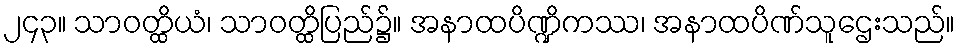
၂၄၃။ သာဝတ္ထိယံ၊ သာဝတ္ထိပြည်၌။ အနာထပိဏ္ဍိကဿ၊ အနာထပိဏ်သူဌေးသည်။